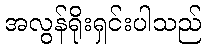
အလွန်ရိုးရှင်းပါသည်